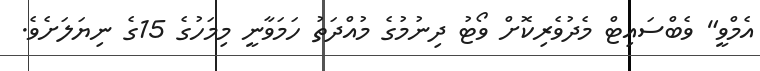
އެމްވީ" ވެބްސައިޓް މެދުވެރިކޮށް ވޯޓު ދިނުމުގެ މުއްދަތު ހަމަވާނީ މިމަހުގެ 15ގެ ނިޔަލަށެވެ.